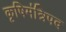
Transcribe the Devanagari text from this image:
कृषिमंत्रिपद